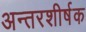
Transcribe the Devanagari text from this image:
अन्तरशीर्षक